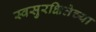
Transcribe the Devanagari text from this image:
स्वसुरक्षितेच्या